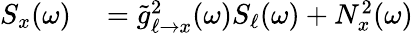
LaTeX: \begin{array}{rl}{S_{x}(\omega)}&{{}=\tilde{g}_{\ell\to x}^{2}(\omega)S_{\ell}(\omega)+N_{x}^{2}(\omega)}\end{array}